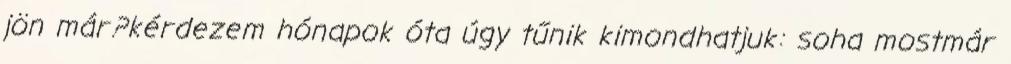
jön már?kérdezem hónapok óta úgy tűnik kimondhatjuk: soha mostmár